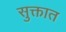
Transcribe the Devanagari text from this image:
सुक्तात